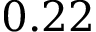
0 . 2 2